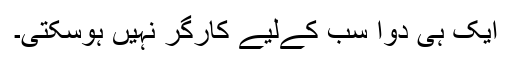
ایک ہی دوا سب کےلیے کارگر نہیں ہوسکتی۔